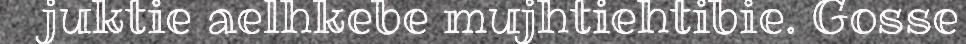
juktie aelhkebe mujhtiehtibie. Gosse